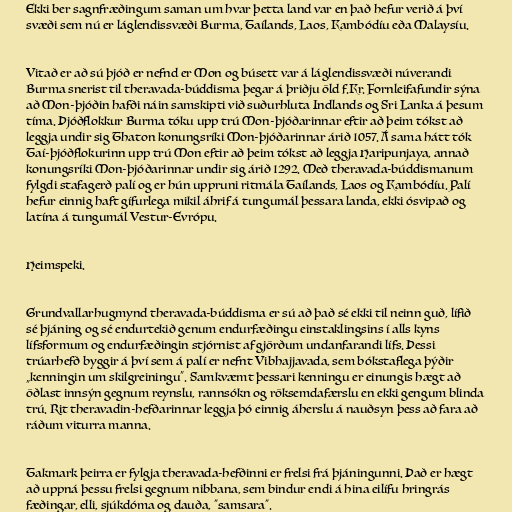
Ekki ber sagnfræðingum saman um hvar þetta land var en það hefur verið á því
svæði sem nú er láglendissvæði Burma, Taílands, Laos, Kambódíu eða Malaysíu.

Vitað er að sú þjóð er nefnd er Mon og búsett var á láglendissvæði núverandi
Burma snerist til theravada-búddisma þegar á þriðju öld f.Kr. Fornleifafundir sýna
að Mon-þjóðin hafði náin samskipti við suðurhluta Indlands og Sri Lanka á þesum
tíma. Þjóðflokkur Burma tóku upp trú Mon-þjóðarinnar eftir að þeim tókst að
leggja undir sig Thaton konungsríki Mon-þjóðarinnar árið 1057. Á sama hátt tók
Taí-þjóðflokurinn upp trú Mon eftir að þeim tókst að leggja Haripunjaya, annað
konungsríki Mon-þjóðarinnar undir sig árið 1292. Með theravada-búddismanum
fylgdi stafagerð palí og er hún uppruni ritmála Taílands, Laos og Kambódíu. Palí
hefur einnig haft gífurlega mikil áhrif á tungumál þessara landa, ekki ósvipað og
latína á tungumál Vestur-Evrópu.

Heimspeki.

Grundvallarhugmynd theravada-búddisma er sú að það sé ekki til neinn guð, lífið
sé þjáning og sé endurtekið genum endurfæðingu einstaklingsins í alls kyns
lífsformum og endurfæðingin stjórnist af gjörðum undanfarandi lífs. Þessi
trúarhefð byggir á því sem á palí er nefnt Vibhajjavada, sem bókstaflega þýðir
„kenningin um skilgreiningu“. Samkvæmt þessari kenningu er einungis hægt að
öðlast innsýn gegnum reynslu, rannsókn og röksemdafærslu en ekki gengum blinda
trú. Rit theravadin-hefðarinnar leggja þó einnig áherslu á nauðsyn þess að fara að
ráðum viturra manna.

Takmark þeirra er fylgja theravada-hefðinni er frelsi frá þjáningunni. Það er hægt
að uppná þessu frelsi gegnum nibbana, sem bindur endi á hina eilífu hringrás
fæðingar, elli, sjúkdóma og dauða, "samsara".